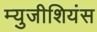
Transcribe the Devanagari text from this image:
म्युजीशियंस